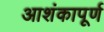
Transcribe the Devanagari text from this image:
आशंकापूर्ण